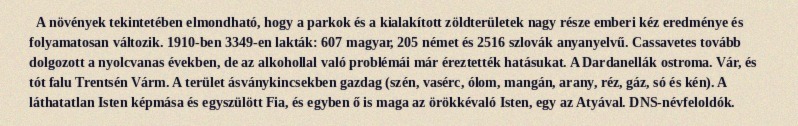
A növények tekintetében elmondható, hogy a parkok és a kialakított zöldterületek nagy része emberi kéz eredménye és folyamatosan változik. 1910-ben 3349-en lakták: 607 magyar, 205 német és 2516 szlovák anyanyelvű. Cassavetes tovább dolgozott a nyolcvanas években, de az alkohollal való problémái már éreztették hatásukat. A Dardanellák ostroma. Vár, és tót falu Trentsén Várm. A terület ásványkincsekben gazdag (szén, vasérc, ólom, mangán, arany, réz, gáz, só és kén). A láthatatlan Isten képmása és egyszülött Fia, és egyben ő is maga az örökkévaló Isten, egy az Atyával. DNS-névfeloldók.